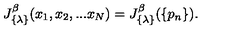
J _ { \{ \lambda \} } ^ { \beta } ( x _ { 1 } , x _ { 2 } , . . . x _ { N } ) = J _ { \{ \lambda \} } ^ { \beta } ( \{ p _ { n } \} ) .